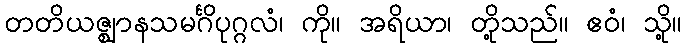
တတိယဇ္ဈာနသမင်္ဂိပုဂ္ဂလံ၊ ကို။ အရိယာ၊ တို့သည်။ ဧဝံ၊ သို့။